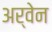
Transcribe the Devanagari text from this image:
अर्वेन